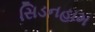
સિડનહામ